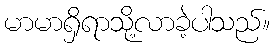
မာမာရှိရာသို့လာခဲ့ပါသည်။